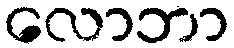
လောဘာ